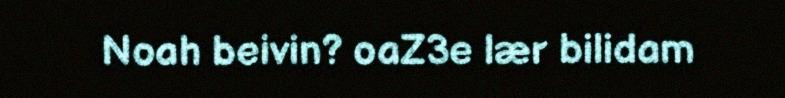
Noah beivin? oaZ3e lær bilidam